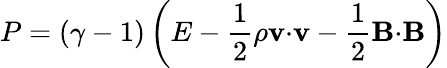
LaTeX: P=(\gamma-1)\left(E-\frac{1}{2}\rho\mathbf{v}{\cdot}\mathbf{v}-\frac{1}{2}\mathbf{B}{\cdot}\mathbf{B}\right)